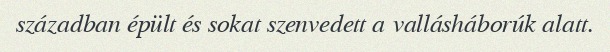
században épült és sokat szenvedett a vallásháborúk alatt.